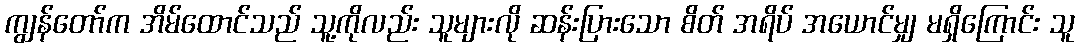
ကျွန်တော်က အိမ်ထောင်သည် သူ့ကိုလည်း သူများလို ဆန်းပြားသော စိတ် အရိပ် အယောင်မျှ မရှိကြောင်း သူ